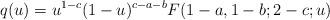
LaTeX: \begin{align*}q(u)=u^{1-c}(1-u)^{c-a-b}F(1-a,1-b;2-c;u)\end{align*}